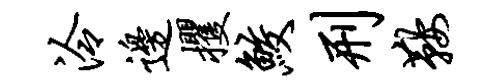
泠边攫鲛刑鞍